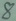
Text: 8